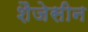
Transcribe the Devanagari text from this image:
शैजेसीन